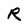
Character: R